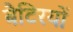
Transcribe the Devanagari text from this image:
बैटिरयों